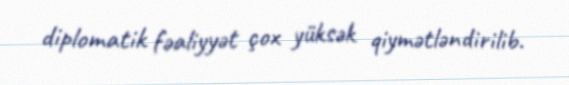
diplomatik fəaliyyət çox yüksək qiymətləndirilib.